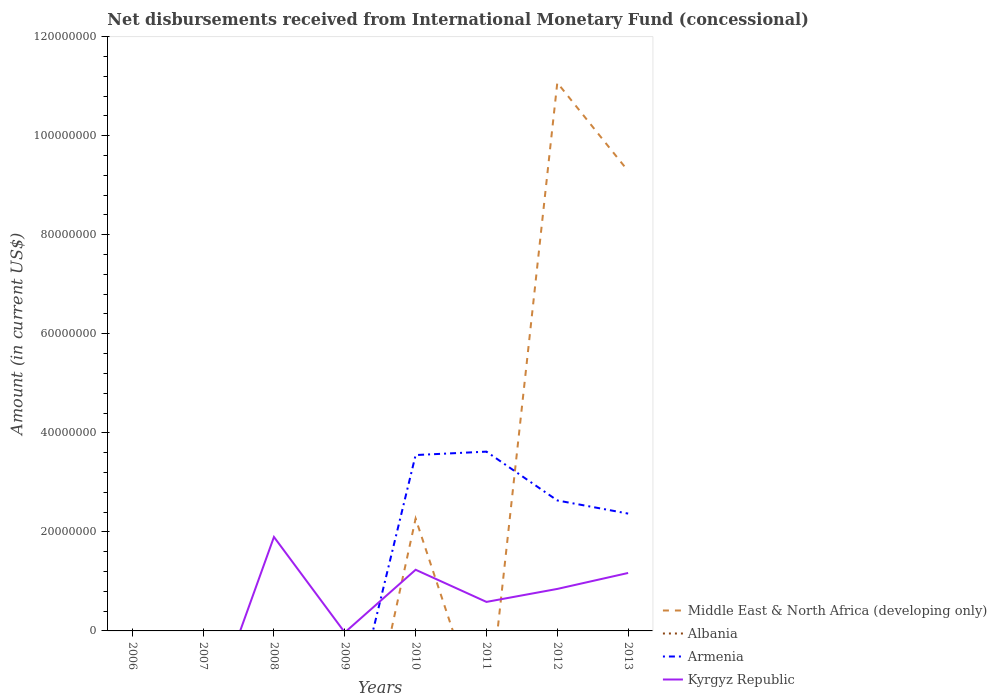
| Years | Middle East & North Africa (developing only) | Albania | Armenia | Kyrgyz Republic |
 | --- | --- | --- | --- | --- |
 | 2006 | -4.87e+07 | -7.6e+06 | -2.15e+07 | -2.36e+07 |
 | 2007 | -7.59e+07 | -1.07e+07 | -1.36e+07 | -2.08e+07 |
 | 2008 | -5.98e+07 | -1.14e+07 | -1.96e+07 | 1.9e+07 |
 | 2009 | -4.29e+07 | -1.21e+07 | -2.34e+07 | -3.13e+05 |
 | 2010 | 2.27e+07 | -1.21e+07 | 3.55e+07 | 1.24e+07 |
 | 2011 | -2.04e+07 | -1.12e+07 | 3.62e+07 | 5.86e+06 |
 | 2012 | 1.11e+08 | -8.87e+06 | 2.63e+07 | 8.48e+06 |
 | 2013 | 9.29e+07 | -8.38e+06 | 2.37e+07 | 1.17e+07 |